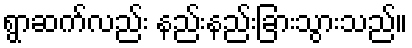
ရွာဆက်လည်း နည်းနည်းခြားသွားသည်။